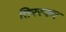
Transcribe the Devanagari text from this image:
तिरस्कर